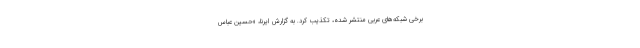
برخی شبکه‌های عربی منتشر شده، تکذیب کرد. به گزارش ایرنا، «حسین عباس